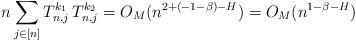
LaTeX: \begin{align*} n\sum_{j\in[n]} T^{k_1}_{n,j}\, T^{k_2}_{n,j} =O_M(n^{2+(-1-\beta)-H}) =O_M(n^{1-\beta-H})\end{align*}